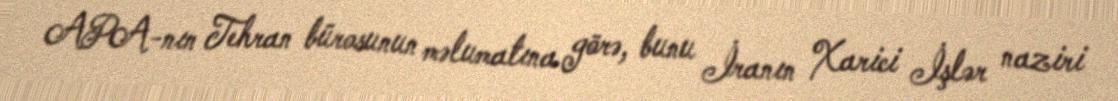
APA-nın Tehran bürosunun məlumatına görə, bunu İranın Xarici İşlər naziri